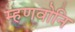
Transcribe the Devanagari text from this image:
म्हणवोनि